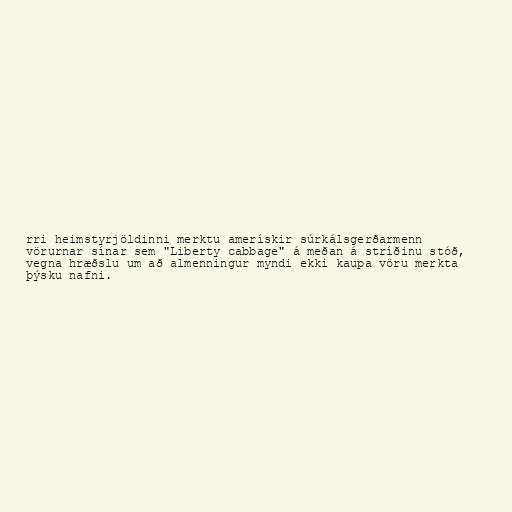
rri heimstyrjöldinni merktu amerískir súrkálsgerðarmenn
vörurnar sínar sem "Liberty cabbage" á meðan á stríðinu stóð,
vegna hræðslu um að almenningur myndi ekki kaupa vöru merkta
þýsku nafni.